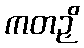
ကတဉှိ